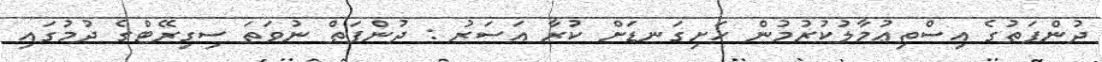
ދުންފަތުގެ އިސްތިޢުމާލުކުރުމުން ހަށިގަނޑަށް ކުރާ އަސަރު : ދުންފަތް ނުވަތަ ސިގިރޭޓްގެ ދުމުގައި